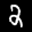
Label: 2